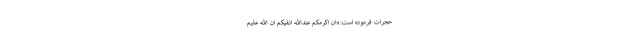
حجرات فرموده است:«انَّ اكرَمَكُم عندَاللهِ اَتقیكُمْ اِنَّ اللهَ علیمٌ